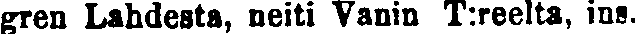
gren Lahdesta, neiti Vanin T:reelta, ins.